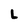
Character: L